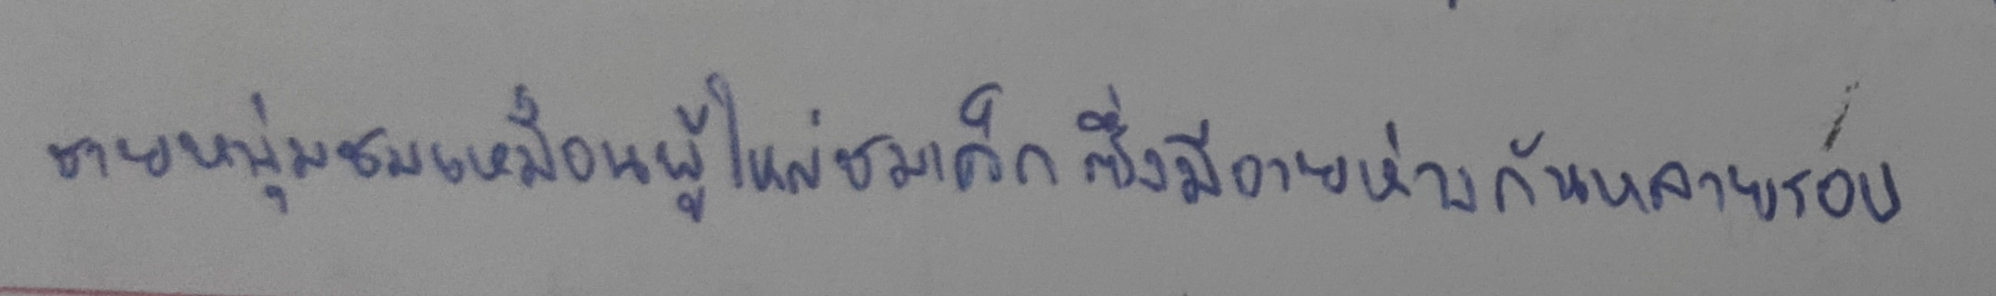
ชายหนุ่มชมเหมือนผู้ใหญ่ชมเด็กซึ่งมีอายุห่างกันหลายรอบ